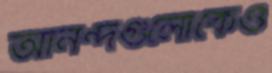
আনন্দগুলোকেও